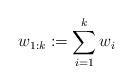
LaTeX: \begin{align*}w_{1:k}:=\sum_{i=1}^kw_i\end{align*}